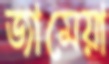
জামেয়া